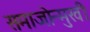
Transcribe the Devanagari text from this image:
समाजोन्मुखी